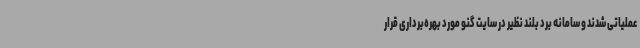
عملیاتی شدند و سامانه برد بلند نظیر در سایت گنو مورد بهره‌برداری قرار